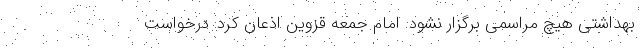
بهداشتی هیچ مراسمی برگزار نشود. امام جمعه قزوین اذعان کرد: درخواست